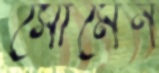
সোমেন